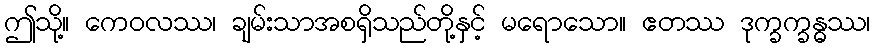
ဤသို့။ ကေဝလဿ၊ ချမ်းသာအစရှိသည်တို့နှင့် မရောသော။ ဧတဿ ဒုက္ခက္ခန္ဓဿ၊